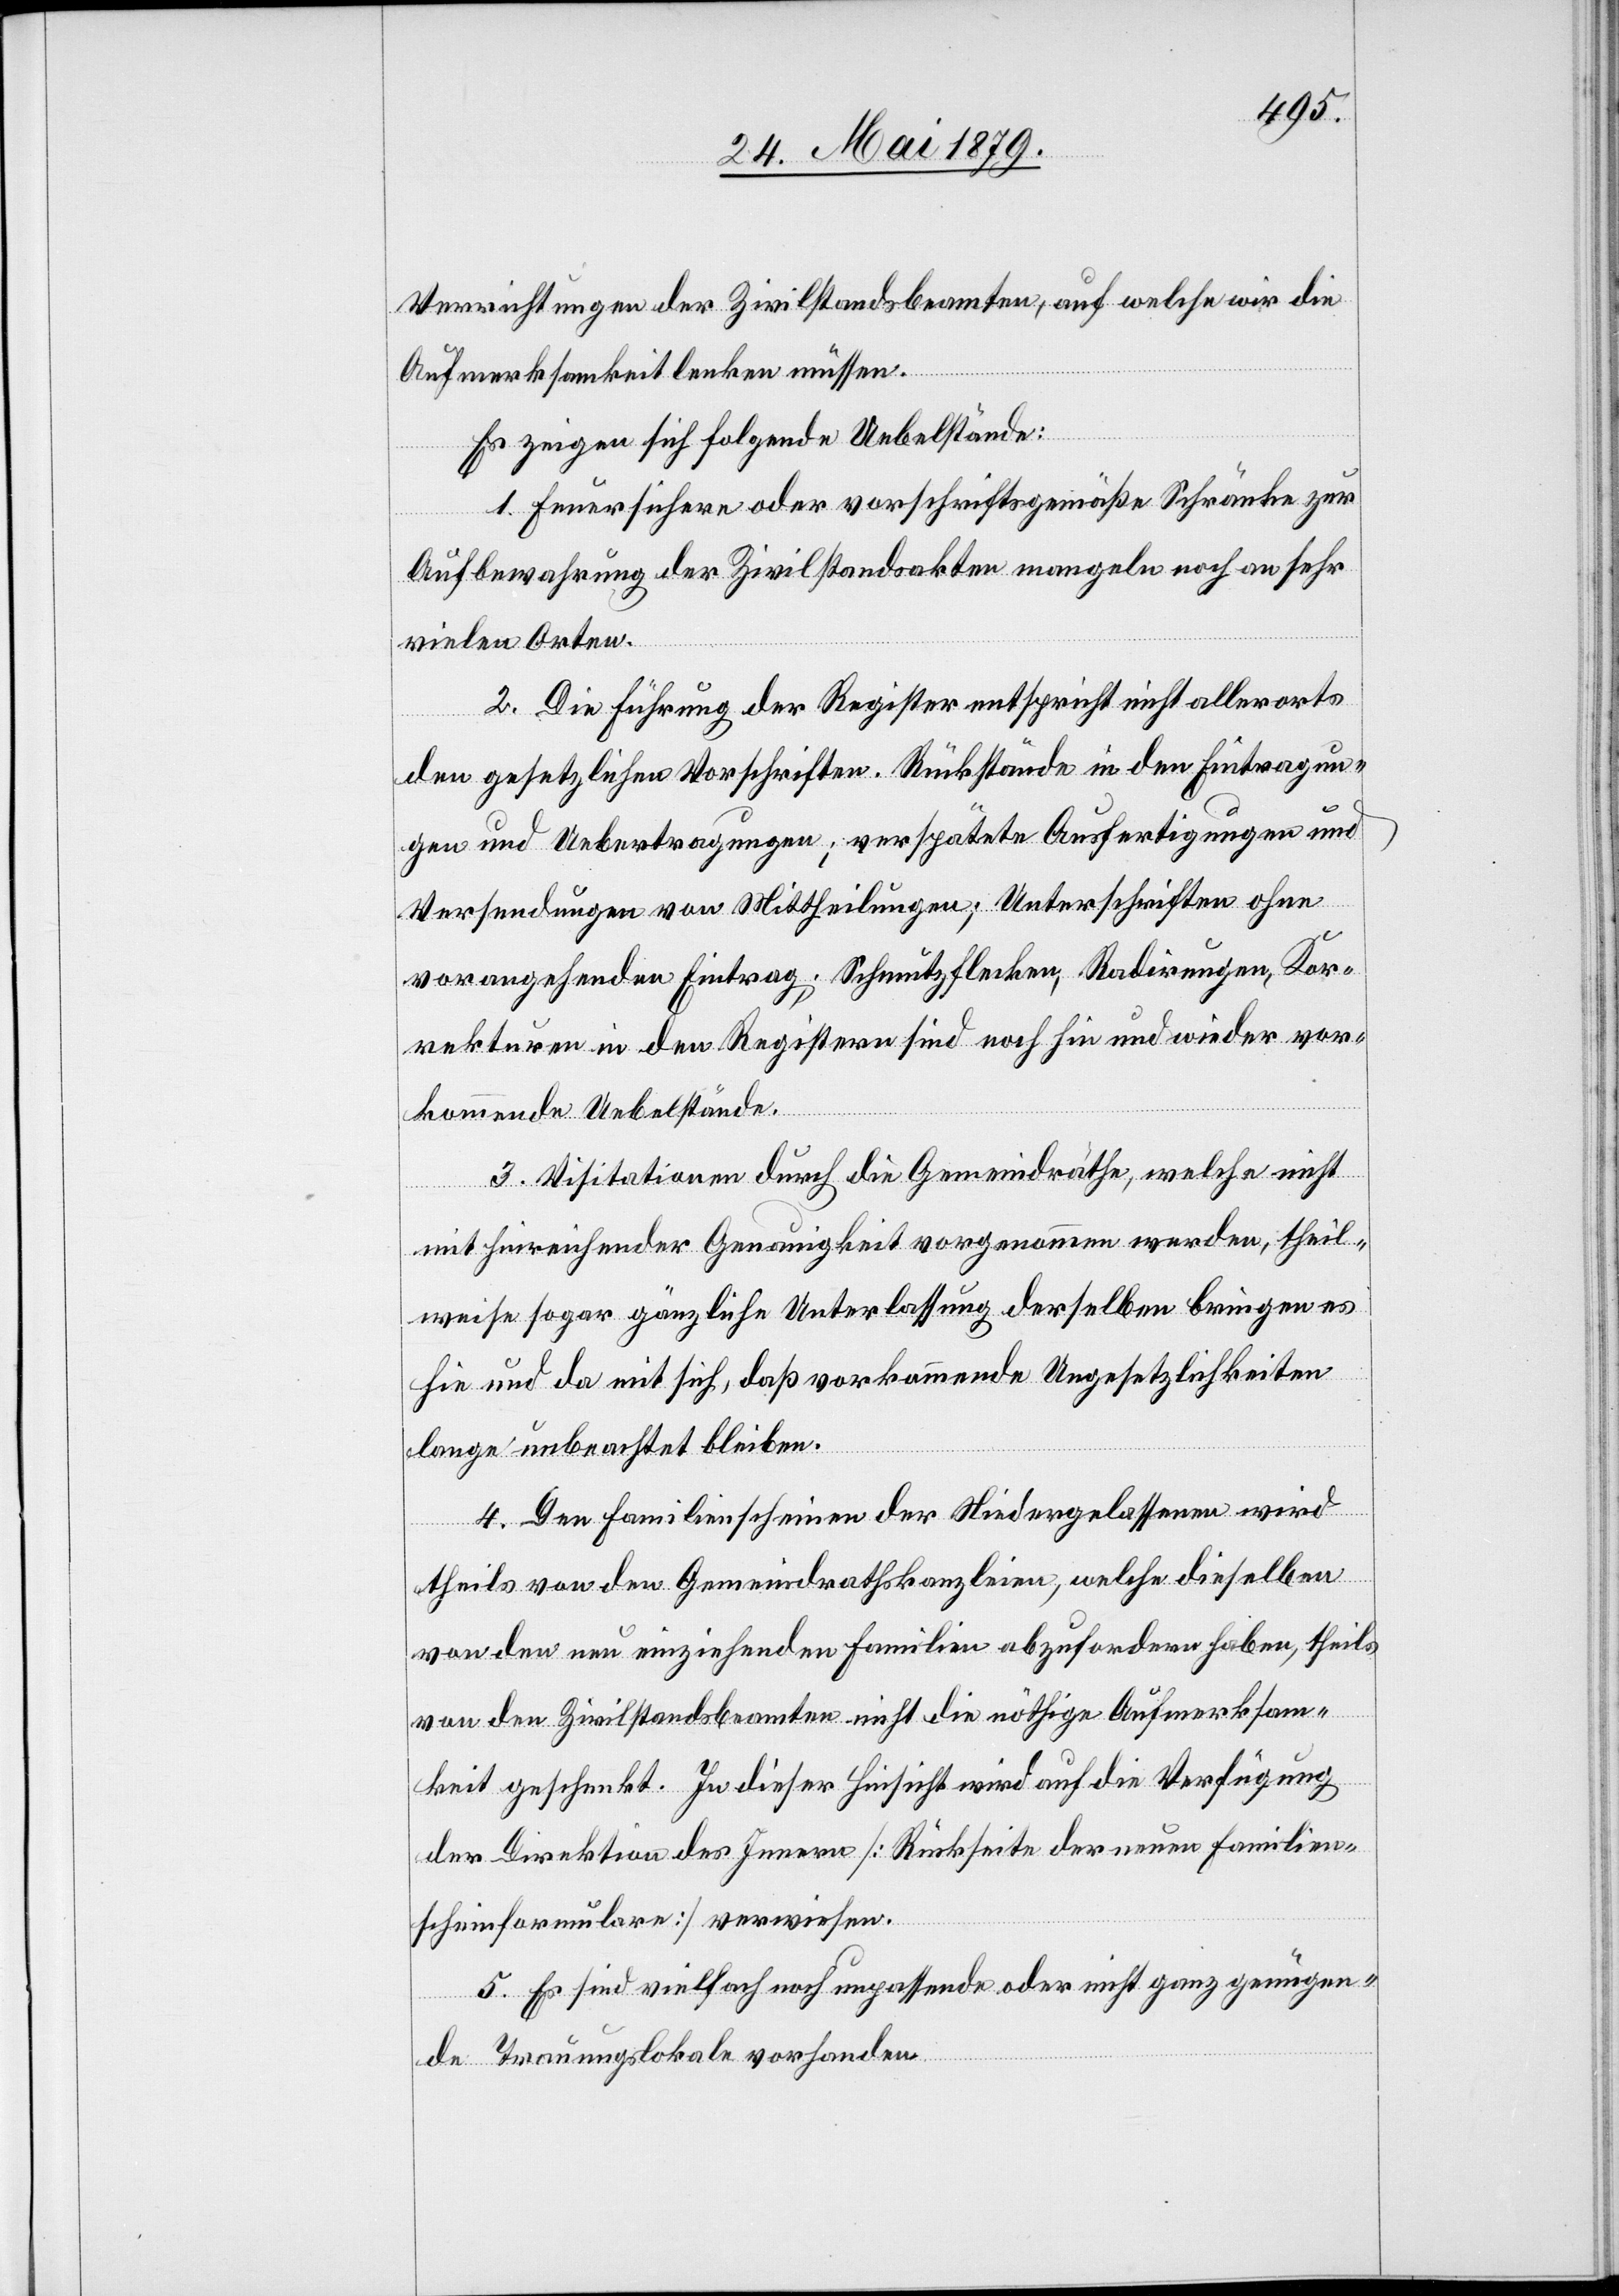
Verrichtungen der Zivilstandsbeamten, auf welche wir die
Aufmerksamkeit lenken müssen.
Es zeigen sich folgende Uebelstände:
1. Feuersichere oder vorschriftsgemäße Schränke zur
Aufbewahrung der Zivilstandsakten mangeln noch an sehr
vielen Orten.
2. Die Führung der Register entspricht nicht allerorts
den gesetzlichen Vorschriften. Rückstände in den Eintragun¬
gen und Uebertragungen; verspätete Ausfertigungen und
Versendungen von Mittheilung; Unterschriften ohne
vorangehenden Eintrag; Schmutzflecken, Radirungen, Kor¬
rekturen in den Registern sind noch hin und wieder vor¬
kommende Uebelstände.
3. Visitationen durch die Gemeindräthe, welche nicht
mit hinreichender Genauigkeit vorgenommen werden, theil¬
weise sogar gänzliche Unterlassung derselben bringen es
hie und da mit sich, daß vorkommende Ungesetzlichkeiten
lange unbeachtet bleiben.
4. Den Familienscheinen der Niedergelassenen wird
theils von den Gemeindrathskanzleien, welche dieselben
von den neu einziehenden Familien abzufordern haben, theils
von den Zivilstandsbeamten nicht die nöthige Aufmerksam¬
keit geschenkt. In dieser Hinsicht wird auf die Verfügung
der Direktion des Innern [Rückseite der neuen Familien¬
scheinformulare] verwiesen.
5. Es sind vielfach noch unpassende oder nicht ganz genügen¬
de Trauungslokale vorhanden.